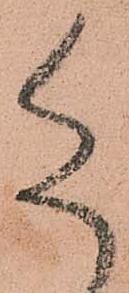
尚